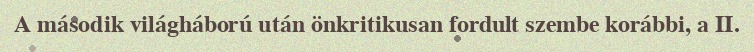
A második világháború után önkritikusan fordult szembe korábbi, a II.